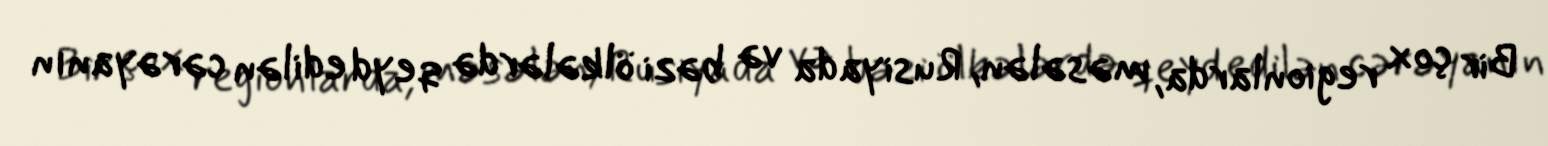
Bir çox regionlarda, məsələn, Rusiyada və bəzi ölkələrdə qeyd edilən cərəyanın